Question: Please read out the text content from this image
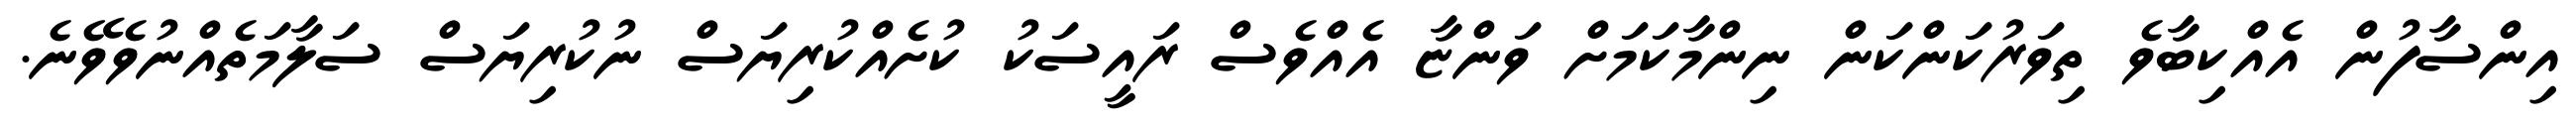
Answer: އިންސާފުން އެއްކިބާވެ ތިވަރުކަންކަން ނިންމާކަމަށް ވަންޏާ އެއްވެސް ރައީސަކު ކުށެއްކުރިޔަސް ނުކުރިޔަސް ސަލާމަތެއްނުވެވޭނެ.